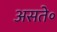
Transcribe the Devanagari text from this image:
असते॰